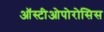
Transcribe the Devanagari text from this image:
ऑस्टीओपोरोसिस